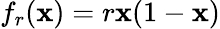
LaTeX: f_{r}(\mathbf{x})=r\mathbf{x}(1-\mathbf{x})